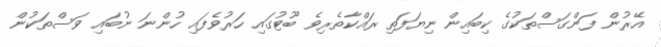
އޭރުން ފަންގަސްތަކުގެ ކިބައިން ނިޔަފަތި ރައްކާތެރިވެ ބޫޓުގައި ހަރުވެފައި ހުންނަ ނުބައި ވަސްތަކުން